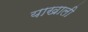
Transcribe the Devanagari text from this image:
याखाली